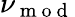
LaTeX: \nu_{\mathrm{~m~o~d~}}